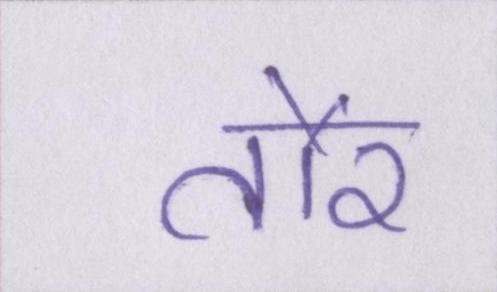
तौर